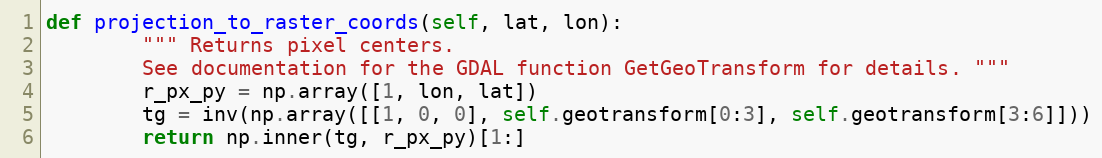
Language: Python
def projection_to_raster_coords(self, lat, lon):
        """ Returns pixel centers.
        See documentation for the GDAL function GetGeoTransform for details. """
        r_px_py = np.array([1, lon, lat])
        tg = inv(np.array([[1, 0, 0], self.geotransform[0:3], self.geotransform[3:6]]))
        return np.inner(tg, r_px_py)[1:]